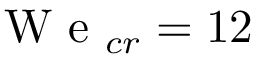
\mathrm { ~ W ~ e ~ } _ { c r } = 1 2